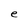
Character: e